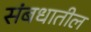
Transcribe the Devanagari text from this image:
संबधातील